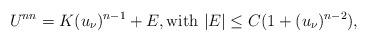
LaTeX: \begin{align*} U^{nn} = K (u_{\nu})^{n-1} + E, \textrm{with } |E| \le C (1+ (u_{\nu})^{n-2}), \end{align*}